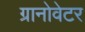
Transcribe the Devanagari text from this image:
ग्रानोवेटर